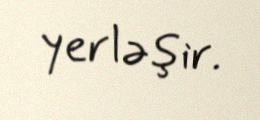
yerləşir.